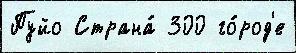
Пуйо Страна́ 300 го́род'е